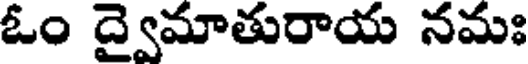
ఓం ద్వైమాతురాయ నమః